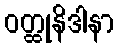
ဝတ္ထုနိဒါနာ